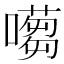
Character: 𡁿